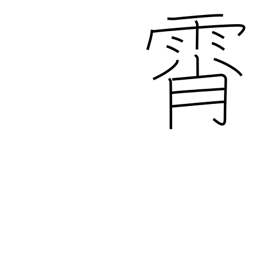
Meaning: sky